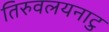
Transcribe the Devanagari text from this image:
तिरुवलयनाटु